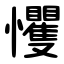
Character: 戄